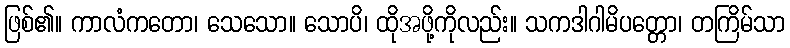
ဖြစ်၏။ ကာလံကတော၊ သေသော။ သောပိ၊ ထိုအဖို့ကိုလည်း။ သကဒါဂါမိပတ္တော၊ တကြိမ်သာ